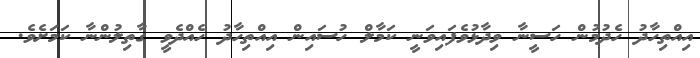
އިއްތިހާދު ހެދުމުން ހަސީނާ ވިދާޅުވެފައިވަނީ ކަމާލް ހުސައިން އިއްތިހާދު ހެއްދެވީ ގާތިލުންނާ ކަމަށެވެ.